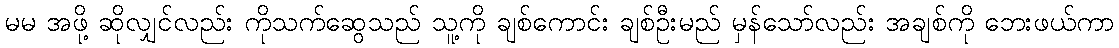
မမ အဖို့ ဆိုလျှင်လည်း ကိုသက်ဆွေသည် သူ့ကို ချစ်ကောင်း ချစ်ဦးမည် မှန်သော်လည်း အချစ်ကို ဘေးဖယ်ကာ